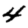
Digit: 4